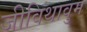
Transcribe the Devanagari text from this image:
जीविथावुम